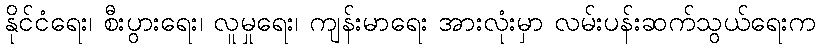
နိုင်ငံရေး၊ စီးပွားရေး၊ လူမှုရေး၊ ကျန်းမာရေး အားလုံးမှာ လမ်းပန်းဆက်သွယ်ရေးက